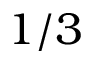
1 / 3